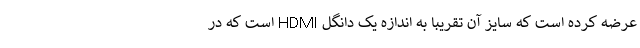
عرضه کرده است که سایز آن تقریباٌ به اندازه یک دانگل HDMI است که در